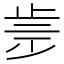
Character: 𣥩